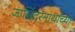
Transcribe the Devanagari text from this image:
जालिंदरनाथांच्या